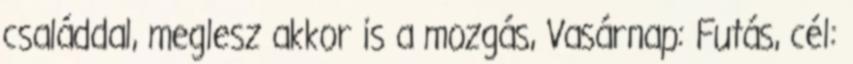
családdal, meglesz akkor is a mozgás, Vasárnap: Futás, cél: